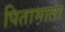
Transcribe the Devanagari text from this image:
पितामाता